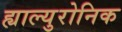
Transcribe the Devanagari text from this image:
ह्याल्युरोनिक